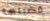
قضيتها